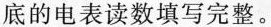
底的电表读数填写完整。